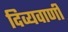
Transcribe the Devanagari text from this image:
दिव्यवाणी